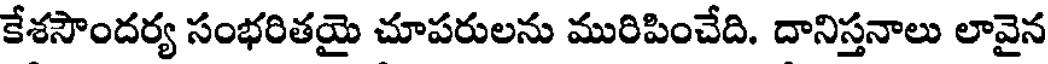
కేశసౌందర్య సంభరితయై చూపరులను మురిపించేది. దానిస్తనాలు లావైన